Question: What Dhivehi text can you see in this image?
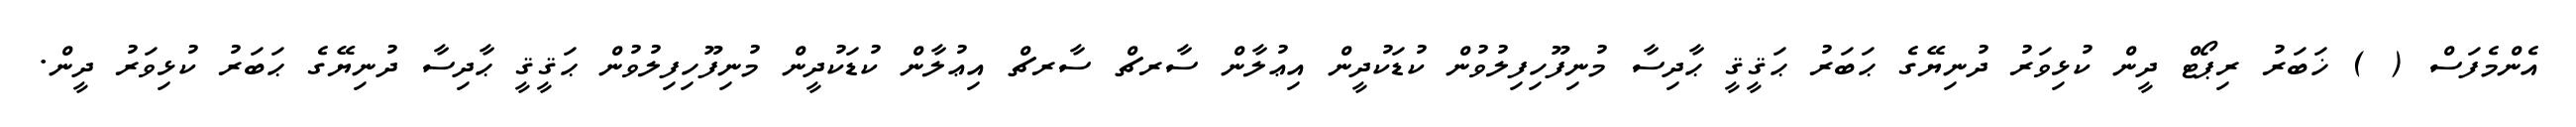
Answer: އެންމެފަސް ( ) ޚަބަރު ރިޕޯޓް ދީން ކުޅިވަރު ދުނިޔޭގެ ޙަބަރު ޙަޤީޤީ ޙާދިސާ މުނިފޫހިފިލުވުން ކުޑަކުދީން އިޢުލާން ސާރޗް ސާރޗް އިޢުލާން ކުޑަކުދީން މުނިފޫހިފިލުވުން ޙަޤީޤީ ޙާދިސާ ދުނިޔޭގެ ޙަބަރު ކުޅިވަރު ދީން.